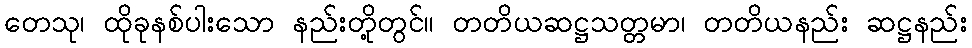
တေသု၊ ထိုခုနစ်ပါးသော နည်းတို့တွင်။ တတိယဆဋ္ဌသတ္တမာ၊ တတိယနည်း ဆဋ္ဌနည်း